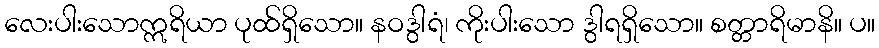
လေးပါးသောဣရိယာ ပုထ်ရှိသော။ နဝဒွါရံ၊ ကိုးပါးသော ဒွါရရှိသော။ စတ္တာရိမာနိ။ ပ။